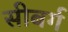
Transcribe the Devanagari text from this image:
सीबर्ग